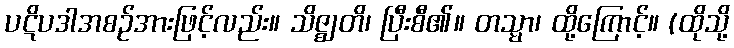
ပဋိပဒါအစဉ်အားဖြင့်လည်း။ သိဇ္ဈတိ၊ ပြီးစီ၏။ တသ္မာ၊ ထို့ကြောင့်။ (ထိုသို့